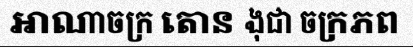
អាណាចក្រ តោន ងុជា ចក្រភព